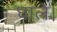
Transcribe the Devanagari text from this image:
घाले।